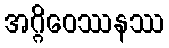
အဂ္ဂိဝေဿနဿ